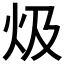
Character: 𤆣